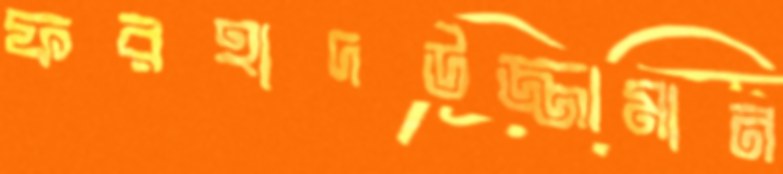
ফরহাদউজ্জামান